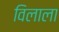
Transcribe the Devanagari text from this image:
विलाला